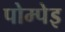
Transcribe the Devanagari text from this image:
पोम्पेइ